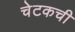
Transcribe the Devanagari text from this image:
चेटकची